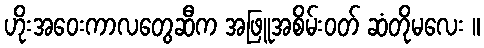
ဟိုးအဝေးကာလတွေဆီက အဖြူအစိမ်းဝတ် ဆံတိုမလေး ။